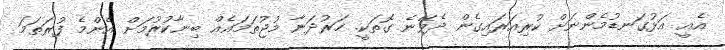
އެއީ އަޅުގަނޑުމެންނަށް ކުރިއަރައިގެން ދެވޭނެ ގޮތަކީ. ހަރުދަނާ މުޖުތަމައެއް ބިނާކުރުމަށް އެންމެ ފުރަތަމަ